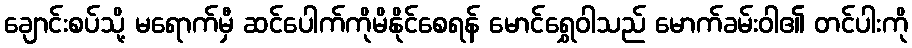
ချောင်းစပ်သို့ မရောက်မှီ ဆင်ပေါက်ကိုမိနိုင်စေရန် မောင်ရွှေဝါသည် မောက်ခမ်းဝါ၏ တင်ပါးကို